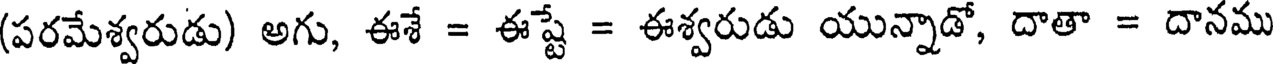
(పరమేశ్వరుడు) అగు, ఈశే = ఈష్టే = ఈశ్వరుడు యున్నాడో, దాతా = దానము